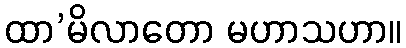
ထာ’မိလာတော မဟာသဟာ။